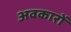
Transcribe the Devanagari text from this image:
अवकारों